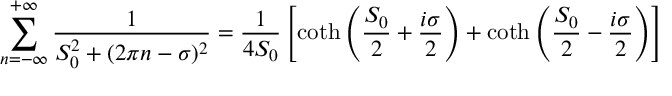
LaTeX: \sum _ { n = - \infty } ^ { + \infty } \frac { 1 } { S _ { 0 } ^ { 2 } + ( 2 \pi n - \sigma ) ^ { 2 } } = \frac { 1 } { 4 S _ { 0 } } \left[ \coth \left( \frac { S _ { 0 } } { 2 } + \frac { i \sigma } { 2 } \right) + \coth \left( \frac { S _ { 0 } } { 2 } - \frac { i \sigma } { 2 } \right) \right]